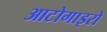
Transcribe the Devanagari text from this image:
आटोगाइरो